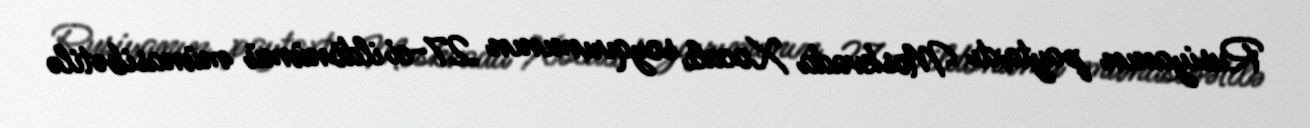
Rusiyanın paytaxtı Moskvada Xocalı soyqırımının 27-ci ildönümü münasibətilə